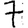
Digit: 7